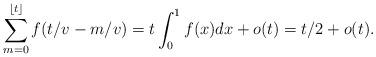
LaTeX: \begin{align*}\sum_{m=0}^{\lfloor t \rfloor} f(t/v-m/v)=t \int_0^1 f(x)dx + o(t) =t/2+o(t).\end{align*}